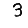
Digit: 3